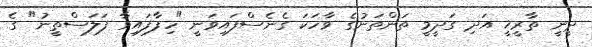
ދީނީ ތާރީޚީ އަދި ގަދީމީ ތަންތަނުގެ ވާހަކަ ގެނެސްފައިވަނީ "ހިފާފައިވާ ފަލަސްތީނު" ގެ